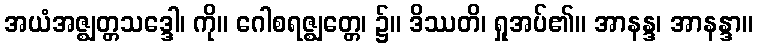
အယံအဇ္ဈတ္တသဒ္ဒေါ၊ ကို။ ဂေါစရဇ္ဈတ္တေ၊ ၌။ ဒိဿတိ၊ ရှုအပ်၏။ အာနန္ဒ၊ အာနန္ဒာ။